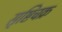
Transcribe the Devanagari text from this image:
सृष्टिचक्र